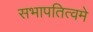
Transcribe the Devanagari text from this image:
सभापतित्वमे